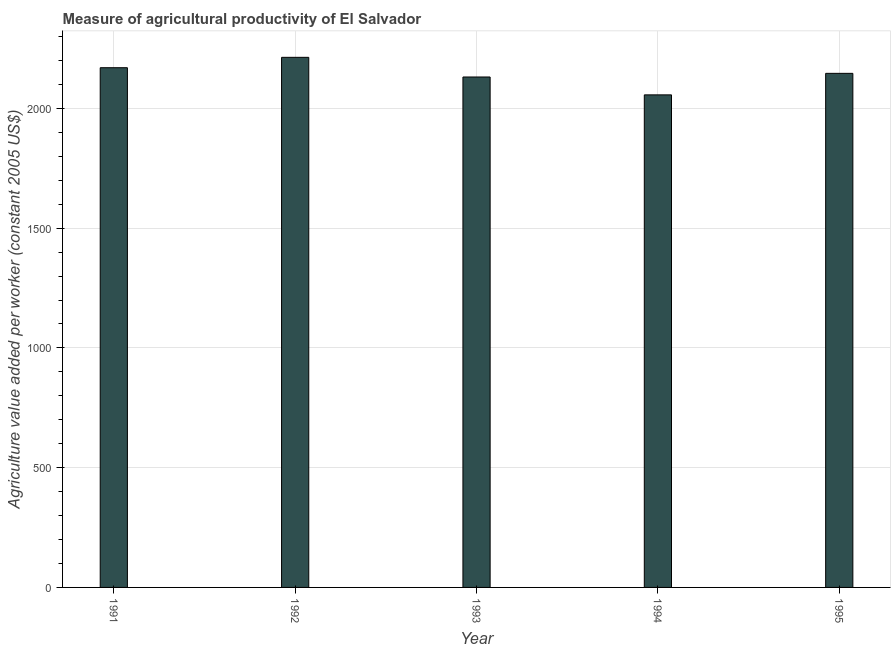
| Year | Agriculture value added per worker |
 | --- | --- |
 | 1991 | 2.17e+03 |
 | 1992 | 2.21e+03 |
 | 1993 | 2.13e+03 |
 | 1994 | 2.06e+03 |
 | 1995 | 2.15e+03 |